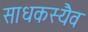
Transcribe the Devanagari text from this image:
साधकस्यैव